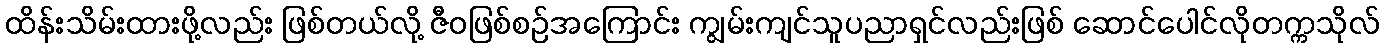
ထိန်းသိမ်းထားဖို့လည်း ဖြစ်တယ်လို့ ဇီဝဖြစ်စဉ်အကြောင်း ကျွမ်းကျင်သူပညာရှင်လည်းဖြစ် ဆောင်ပေါင်လိုတက္ကသိုလ်